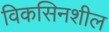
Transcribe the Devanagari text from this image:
विकसिनशील